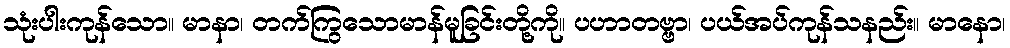
သုံးပါးကုန်သော။ မာနာ၊ တက်ကြွသောမာန်မူခြင်းတို့ကို။ ပဟာတဗ္ဗာ၊ ပယ်အပ်ကုန်သနည်း။ မာနော၊